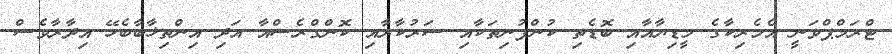
ޓްރަމްޕްވަނީ އެމެރިކާގެ މީޑިޔާއާއި ބޮޑެތި ކުންފުނިތަކާއި ސަރުކާރާއި ކޮންގްރެސްއާ އަދި އިންތިޚާބާބެހޭ އިދާރާވެސް